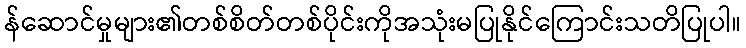
န်ဆောင်မှုများ၏တစ်စိတ်တစ်ပိုင်းကိုအသုံးမပြုနိုင်ကြောင်းသတိပြုပါ။